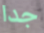
جدا